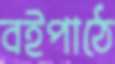
বইপাঠে